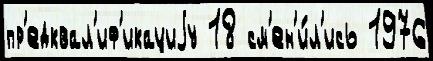
пр'едквал'иф'икациjу 18 см'ен'и́л'ись 1976